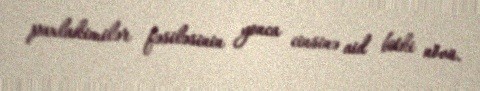
paxlakimilər fəsiləsinin yonca cinsinə aid bitki növü.